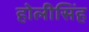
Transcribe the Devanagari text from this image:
होलीसिंह